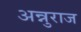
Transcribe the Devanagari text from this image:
अन्नुराज